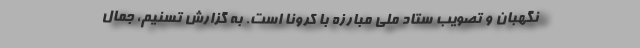
نگهبان و تصویب ستاد ملی مبارزه با کرونا است. به گزارش تسنیم، جمال